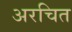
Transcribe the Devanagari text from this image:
अरचित